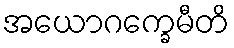
အယောဂက္ခေမီတိ